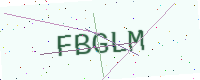
Text: FBGLM